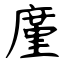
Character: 廑